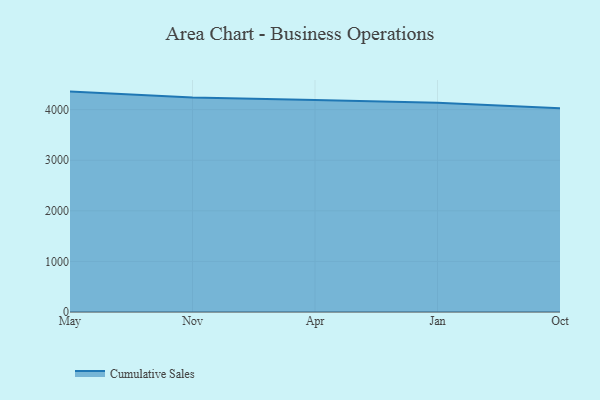
{"axis": {"x": "Month", "y": "LTV (USD)"}, "legend": ["Cumulative Sales"], "data": [{"x": "May", "y": 4357.2, "type": "Cumulative Sales"}, {"x": "Nov", "y": 4241.9, "type": "Cumulative Sales"}, {"x": "Apr", "y": 4191.9, "type": "Cumulative Sales"}, {"x": "Jan", "y": 4134.6, "type": "Cumulative Sales"}, {"x": "Oct", "y": 4030.3, "type": "Cumulative Sales"}]}